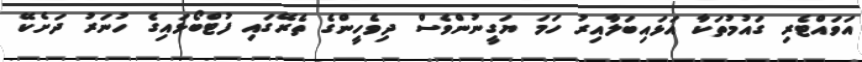
އަވައްޓެރި ގައުމުތަކާ އަޅައިބަލާއިރު ހަމަ ޔަގީނުންވެސް ދިވެހީންގެ ތެރޭގައި ފުޓްބޯޅައިގެ ހުނަރު ދަށެކޭ